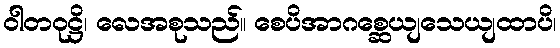
ဝါတဝုဋ္ဌိ၊ လေအစုသည်။ စေပိအာဂစ္ဆေယျသေယျထာပိ၊